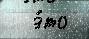
  э́то